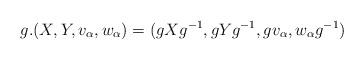
LaTeX: \begin{align*} g.(X,Y,v_{\alpha},w_{\alpha}) = (gXg^{-1}, gYg^{-1}, gv_{\alpha}, w_{\alpha}g^{-1})\end{align*}